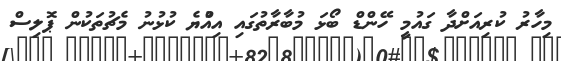
މިހާރު ކުރިއަށްދާ ގައުމީ ހޭންޑް ބޯޅަ މުބާރާތުގައި އިއްުޔެ ކުޅުނު މެޗުތަކުން ޕޮލިސް